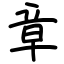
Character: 章